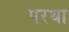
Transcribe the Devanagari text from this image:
परथा